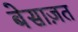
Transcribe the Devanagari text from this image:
बेसाज़त